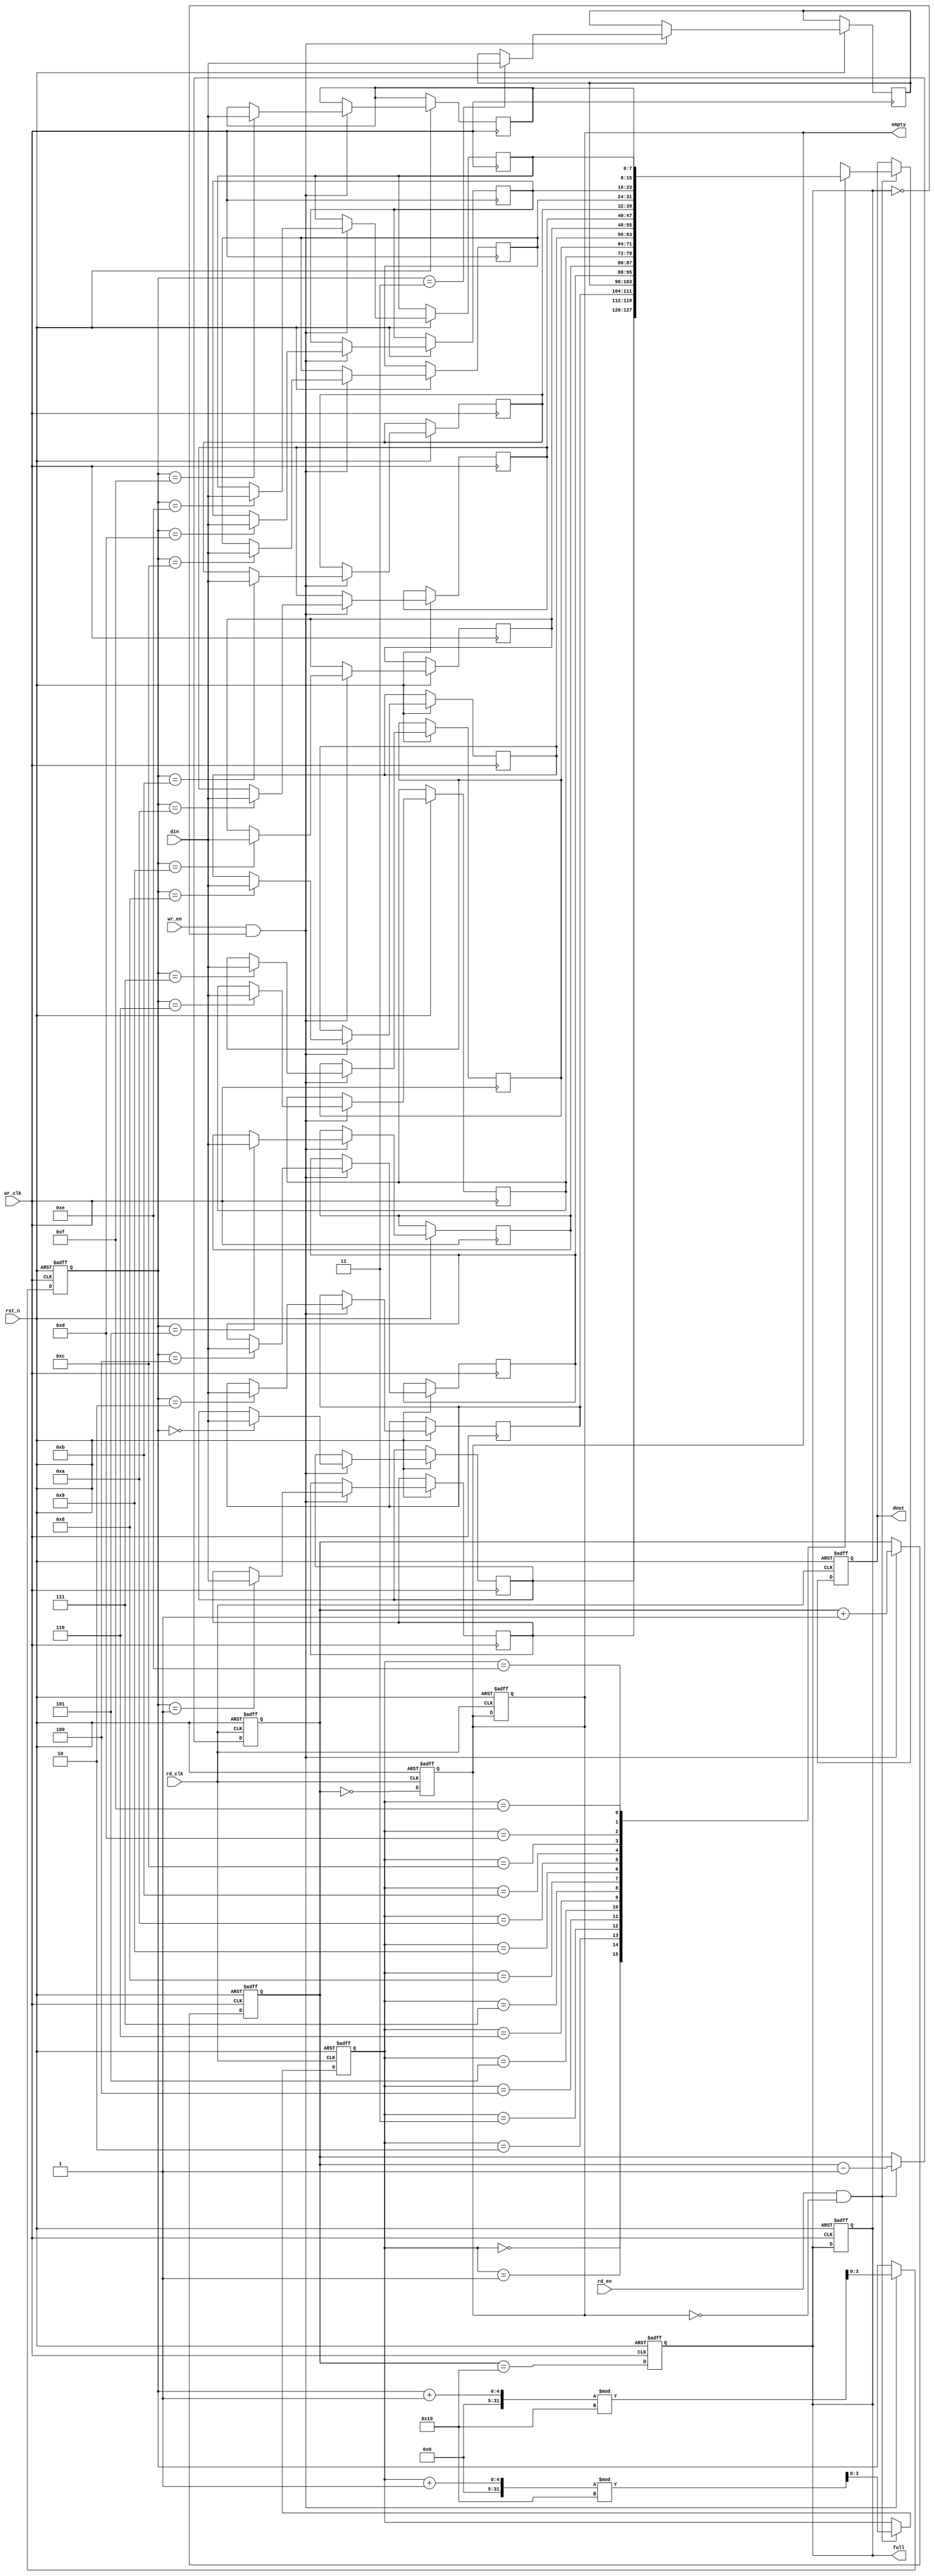
module async_fifo #(
    parameter DATA_WIDTH = 8, // Width of data
    parameter FIFO_DEPTH = 16  // Depth of the FIFO
)(
    input wire wr_clk,               // Write clock
    input wire rd_clk,               // Read clock
    input wire rst_n,                // Asynchronous reset (active low)
    input wire wr_en,                // Write enable
    input wire rd_en,                // Read enable
    input wire [DATA_WIDTH-1:0] din, // Data input
    output reg [DATA_WIDTH-1:0] dout, // Data output
    output reg full,                 // FIFO full flag
    output reg empty                 // FIFO empty flag
);

    // Pointer definitions
    reg [$clog2(FIFO_DEPTH)-1:0] wr_ptr; // Write pointer
    reg [$clog2(FIFO_DEPTH)-1:0] rd_ptr; // Read pointer
    reg [$clog2(FIFO_DEPTH):0] count;     // Count of elements in FIFO

    // Dual-port memory array
    reg [DATA_WIDTH-1:0] fifo_mem [FIFO_DEPTH-1:0];

    // Asynchronous reset logic
    always @(posedge wr_clk or negedge rst_n) begin
        if (!rst_n) begin
            wr_ptr <= 0;
            count <= 0;
            full <= 0;
        end else if (wr_en && !full) begin
            fifo_mem[wr_ptr] <= din; // Write data
            wr_ptr <= (wr_ptr + 1) % FIFO_DEPTH; // Increment write pointer
            count <= count + 1; // Increment count
        end
    end

    always @(posedge rd_clk or negedge rst_n) begin
        if (!rst_n) begin
            rd_ptr <= 0;
            count <= 0;
            empty <= 1;
            dout <= 0;
        end else if (rd_en && !empty) begin
            dout <= fifo_mem[rd_ptr]; // Read data
            rd_ptr <= (rd_ptr + 1) % FIFO_DEPTH; // Increment read pointer
            count <= count - 1; // Decrement count
        end
    end

    // Update full and empty flags
    always @(posedge wr_clk or negedge rst_n) begin
        if (!rst_n) begin
            full <= 0;
        end else begin
            full <= (count == FIFO_DEPTH); // FIFO is full
        end
    end

    always @(posedge rd_clk or negedge rst_n) begin
        if (!rst_n) begin
            empty <= 1;
        end else begin
            empty <= (count == 0); // FIFO is empty
        end
    end

endmodule